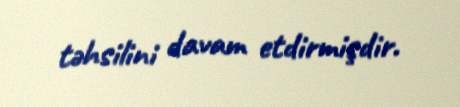
təhsilini davam etdirmişdir.